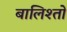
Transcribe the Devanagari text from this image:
बालिश्तों